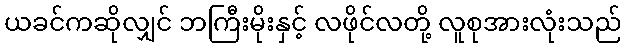
ယခင်ကဆိုလျှင် ဘကြီးမိုးနှင့် လဖိုင်လတို့ လူစုအားလုံးသည်